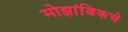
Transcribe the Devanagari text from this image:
मोझांबिकचे